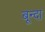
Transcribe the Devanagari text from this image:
बून्दा